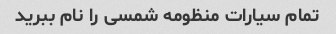
تمام سیارات منظومه شمسی را نام ببرید